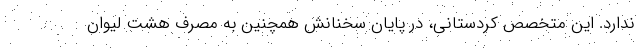
ندارد. این متخصص کردستانی، در پایان سخنانش همچنین به مصرف هشت لیوان